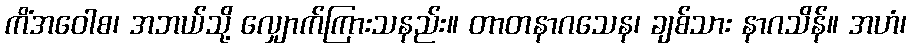
ကိံအဝေါစ၊ အဘယ်သို့ လျှောက်ကြားသနည်း။ တာတနာဂသေန၊ ချစ်သား နာဂသိန်။ အဟံ၊